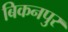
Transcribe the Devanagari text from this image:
बिकनपुर